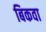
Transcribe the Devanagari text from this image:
बिकवा